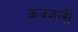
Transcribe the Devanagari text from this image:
कज्‍जली